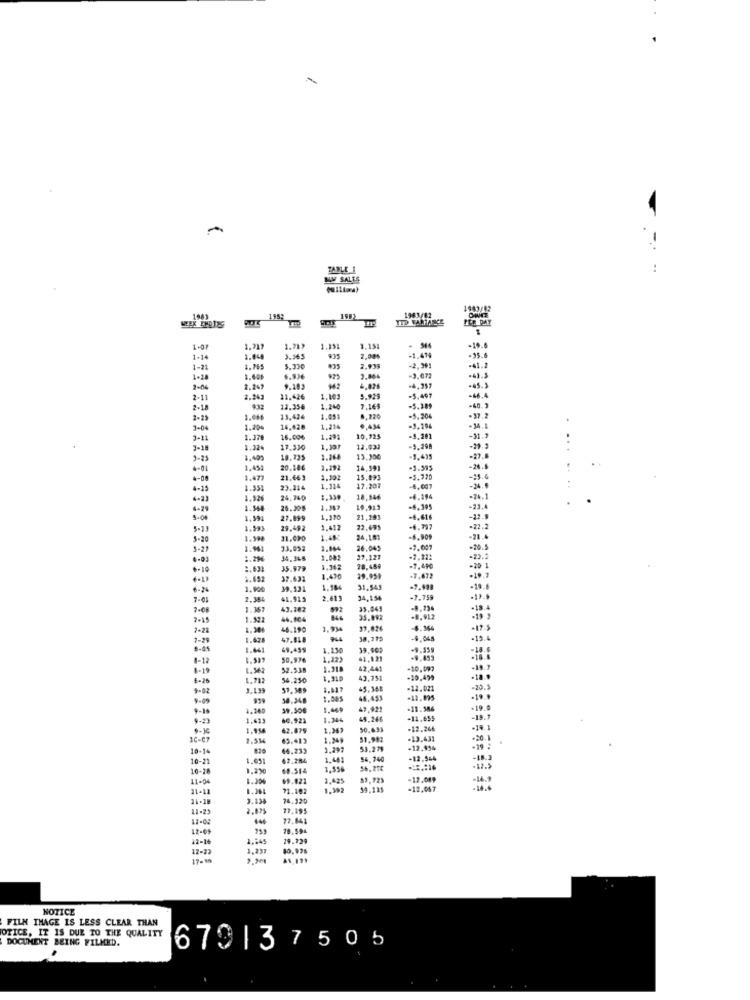
-
TABLE 1
..
NW SALTS
1963/82
1962
1992
ITD FACHANCE
1.07
1.717
1.717
1.151
1.131
1-14
1.04
3.565
935
2,08%
-1.479
-95.6
-41.2
1-21
1.755
5.330
2.939
-2,391
.43.5
1-20
6.936
3.844
-3.072
-45.3
2-04
-4, 357
-46.4
2-11
2.243
11.426
1.101
5.921
=5.497
-40.3
2-18
12.356
1.24
7.165
-5.389
2-21
13.424
1.051
-5.204
.37.2
3-04
1.20
14,428
1.224
0,434
=3,294
-34.1
3-11
1.378
16.006
1.291
10.725
-9.281
1.324
17,330
1.191
-5.298
3-25
1.401
10,135
13.300
.1.435
4-01
1.451
20,186
14,591
-1.395
-26.6
4-08
1.477
21.663
1.102
15.893
-5.720
-15.
4-15
1.551
23.314
1.114
17.20
4-23
24.740
18,546
-6.194
4-29
1.548
26.208
19.913
-6,395
-23.4
1.59
27.899
1.110
21,283
-4,616
-22.9
1.593
29.492
1.412
22,495
-6.997
-22.2
5-20
31.090
1.4%
24,181
-6.909
-21.4
5-27
1.961
33.052
26.045
-19.5
.- 01
1.216
34.348
27.121
-2,232
+-10
35.979
28.459
.7.490
.19.7
-20 1
37.632
1.430
29.959
-7.672
6-24
1.100
39.131
1.584
31,549
-7.988
1.384
41.915
2.613
34,134
-7.759
-19.9
-357
3.182
33.049
.18.4
2-15
1.322
14.104
35,992
-8, 912
7-22
46.190
1.934
37.026
-6.364
7-29
1.475
47.818
944
38,719
-19.4
6-45
69.459
1.13
39,90₽
-9.359
1-12
50.976
1.12)
61,129
-9.495
1-19
52.538
1.318
42,441
-10,097
8-26
1.712
54.250
43,751
-10.499
-18.9
9-82
3.199
51,389
-5.368
.12.021
-20.3
9-09
1.00
45.453
-11.095
-19.
9-16
39.506
1.44
47,922
-11.386
9-21
1.419
60.923
1.34
45.266
-11.655
1.956
62.879
1.361
50.633
.12.266
10-C7
45.413
51.982
.13.431
. 20
10-14
44.233
1.297
53.279
-12.954
10-21
1.011
62.284
1.41
54.740
-12.544
10-28
1.230
68.514
1.550
-12.5
11-04
19.121
1.425
59.723
21-11
71.102
59,125
-12,047
11-18
3.138
74.320
11-25
2.875
77.195
12-02
444
77.641
12-09
18.594
12-16
1.245
19.729
12-73
1.237
80.925
17-18
NOTICE
FILM IMAGE IS LESS CLEAR THAN
OTICE, IT IS DUE TO THE QUALITY
DOCUMENT BEING FILMED.
679137505